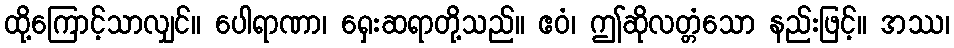
ထို့ကြောင့်သာလျှင်။ ပေါရာဏာ၊ ရှေးဆရာတို့သည်။ ဧဝံ၊ ဤဆိုလတ္တံသော နည်းဖြင့်။ အဿ၊